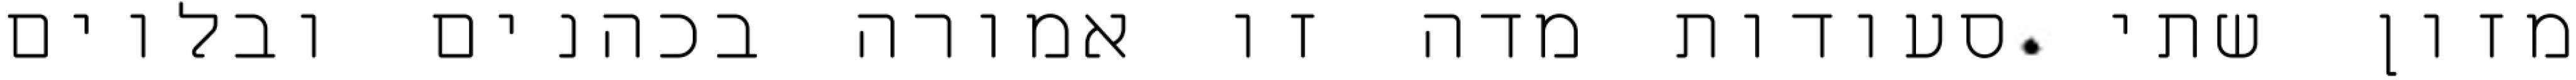
מזון שתי סעודות מדה זו אמורה בכהנים ובלוים